Vaccination in Bombay 1869-1873 - 1869-1873
Year: 1869
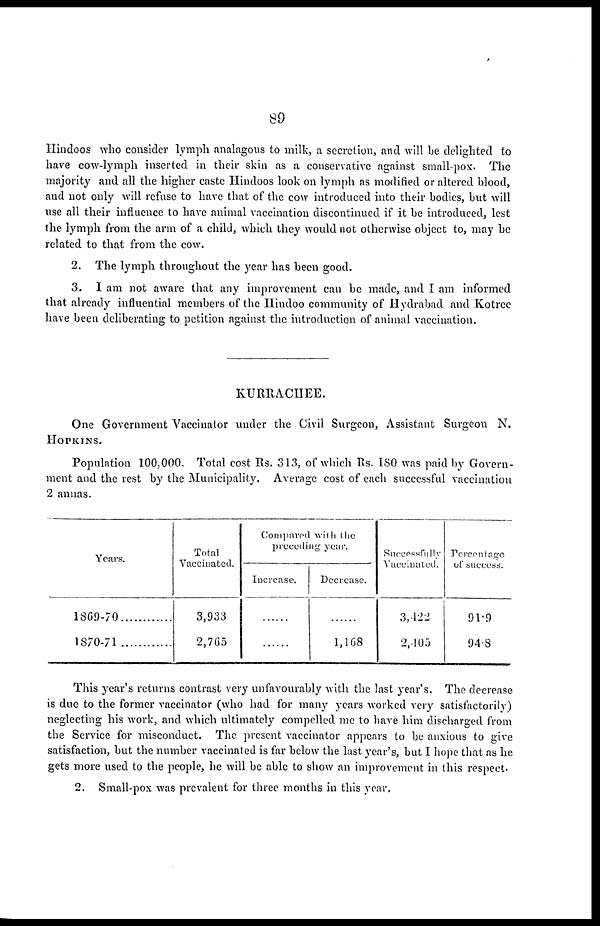
89
Hindoos who consider lymph analagous to milk, a secretion, and will be delighted to
have cow-lymph inserted in their skin as a conservative against small-pox. The
majority and all the higher caste Hindoos look on lymph as modified or altered blood,
and not only will refuse to have that of the cow introduced into their bodies, but will
use all their influence to have animal vaccination discontinued if it be introduced, lest
the lymph from the arm of a child, which they would not otherwise object to, may be
related to that from the cow.
2. The lymph throughout the year has been good.
3. I am not aware that any improvement can be made, and I am informed
that already influential members of the Hindoo community of Hydrabad and Kotree
have been deliberating to petition against the introduction of animal vaccination.
KURRACHEE.
One Government Vaccinator under the Civil Surgeon, Assistant Surgeon N.
HOPKINS.
Population 100,000. Total cost Rs. 313, of which Rs. 180 was paid by Govern-
ment and the rest by the Municipality. Average cost of each successful vaccination
2 annas.
Years.
1869-70
1870-71
Total
Vaccinated.
3,933
2,765
Compared with the
preceeding year.
Increase.
......
......
Decrease.
......
1,168
Successfully
Vaccinated.
3,422
2,405
Percentage
of success.
91.9
94.8
This year's returns contrast very unfavourably with the last year's. The decrease
is due to the former vaccinator (who had for many years worked very satisfactorily)
neglecting his work, and which ultimately compelled me to have him discharged from
the Service for misconduct. The present vaccinator appears to be anxious to give
satisfaction, but the number vaccinated is far below the last year's, but I hope that as he
gets more used to the people, he will be able to show an improvement in this respect.
2. Small-pox was prevalent for three months in this year.